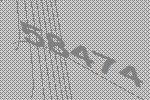
58474